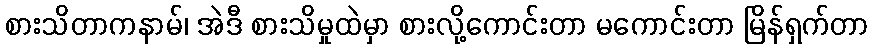
စားသိတာကနာမ်၊ အဲဒီ စားသိမှုထဲမှာ စားလို့ကောင်းတာ မကောင်းတာ မြိန်ရှက်တာ